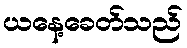
ယနေ့ခေတ်သည်